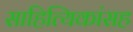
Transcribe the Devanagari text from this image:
साहित्यिकांसह